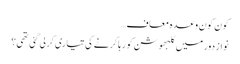
کون کون وعدہ معاف…
نواز دور میں کلبھوشن کو رہا کرنے کی تیاری کرلی گئی تھی؟